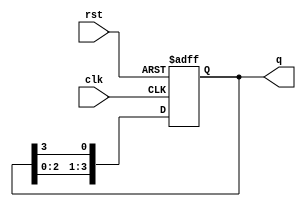
module ring_counter (
    input wire clk,         // Clock input
    input wire rst,         // Reset input
    output reg [3:0] q      // 4-stage output
);

    // Sequential logic for the Ring Counter
    always @(posedge clk or posedge rst) begin
        if (rst) begin
            // Reset the counter: set first flip-flop to 1 and others to 0
            q <= 4'b0001;   // Initial state (1, 0, 0, 0)
        end else begin
            // Shift the '1' in a circular manner
            q <= {q[2:0], q[3]}; // Shift left and feed back the last bit to the first
        end
    end

endmodule